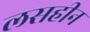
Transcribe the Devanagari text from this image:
लसहीन